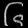
Digit: ၆